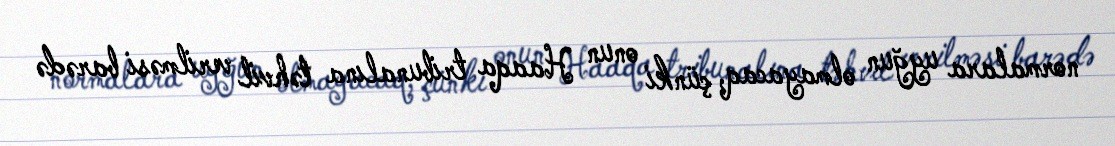
normalara uyğun olmayacaq, çünki onun Haaqa tribunalına təhvil verilməsi barədə